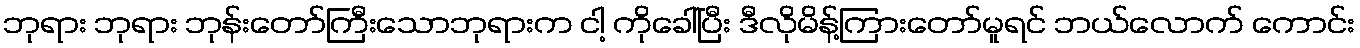
ဘုရား ဘုရား ဘုန်းတော်ကြီးသောဘုရားက ငါ့ ကိုခေါ်ပြီး ဒီလိုမိန့်ကြားတော်မူရင် ဘယ်လောက် ကောင်း